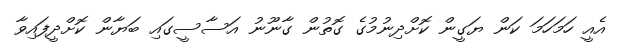
އެއީ ހަމަހަމަ ކަން ޔަގީން ކޮށްދިނުމުގެ ގޮތުން ގާނޫނު އަސާސީގައި ބަޔާން ކޮށްދީފައިވާ